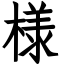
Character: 様